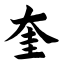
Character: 奎